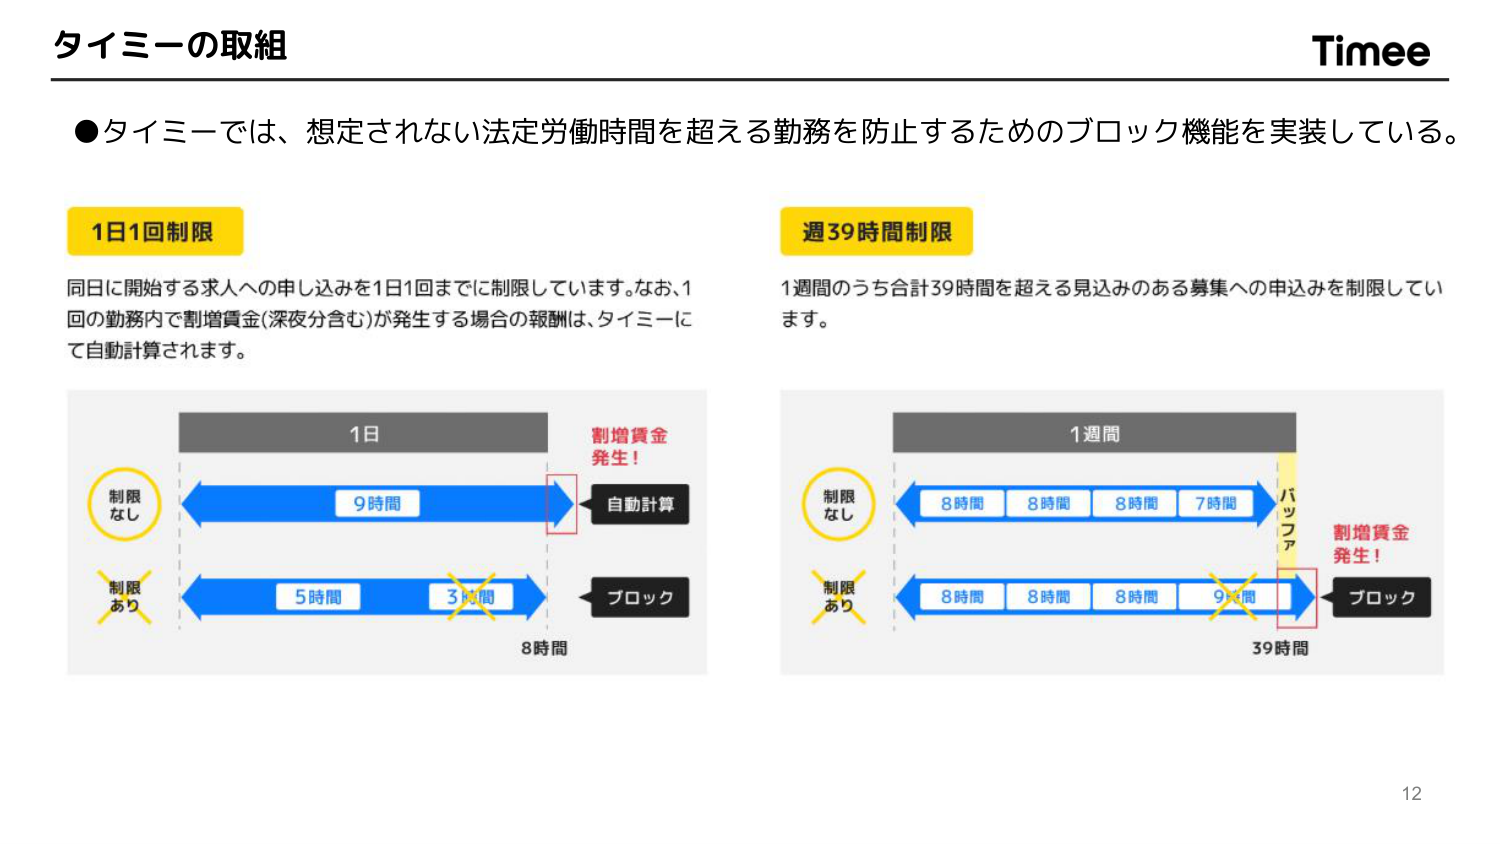
タイムミーの取組

Timee

●タイムミーでは、想定されない法定労働時間を超える勤務を防止するためのブロック機能を実装している。

1日1回制限

同日に開始する求人への申し込みを1日1回までに制限しています。なお、1回の勤務内で割増賃金（深夜分含む）が発生する場合の報酬は、タイムミーにて自動計算されます。

制限なし
制限あり

1日
9時間
5時間
3時間
8時間
割増賃金発生！
自動計算
ブロック

週39時間制限

1週間のうち合計39時間を超える見込みのある募集への申込みを制限しています。

制限なし
制限あり

1週間
8時間
8時間
8時間
7時間
8時間
8時間
8時間
9時間
39時間
バッファ
割増賃金発生！
ブロック

12